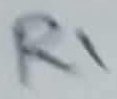
Text: R1